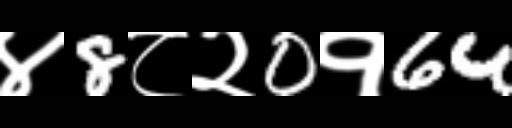
Text: ४8८२0१64